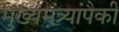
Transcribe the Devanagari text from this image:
मुख्यमंत्र्यांपैकी